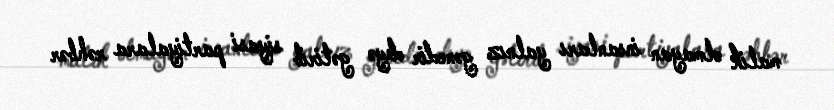
malik olmayan insanları yalnız gəncdir deyə gətirib siyasi partiyalara rəhbər